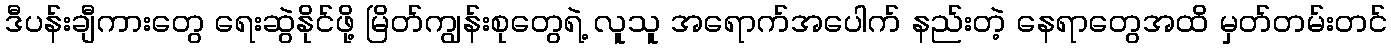
ဒီပန်းချီကားတွေ ရေးဆွဲနိုင်ဖို့ မြိတ်ကျွန်းစုတွေရဲ့ လူသူ အရောက်အပေါက် နည်းတဲ့ နေရာတွေအထိ မှတ်တမ်းတင်